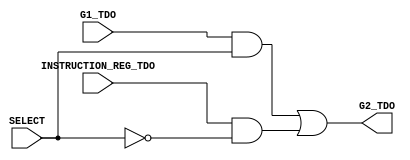
`timescale 1ns / 1ps
//////////////////////////////////////////////////////////////////////////////////
// Company: 
// Engineer: 
// 
// Design Name: 
// Module Name:    neg_latch 
// Project Name: 
// Target Devices: 
// Tool versions: 
// Description: 
//
// Dependencies: 
//
// Revision: 
// Revision 0.01 - File Created
// Additional Comments: 
//
//////////////////////////////////////////////////////////////////////////////////
module g2(
    input G1_TDO,
    input SELECT,
    input INSTRUCTION_REG_TDO,
    output G2_TDO
	 );
	 
	 assign G2_TDO = (G1_TDO & SELECT) | (INSTRUCTION_REG_TDO & !SELECT);


endmodule